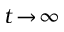
t \! \to \! \infty